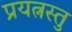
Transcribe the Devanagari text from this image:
प्रयत्नस्तु